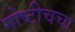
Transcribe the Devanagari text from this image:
गोष्टीचचा